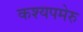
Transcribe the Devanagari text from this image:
कश्यपमेरु